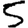
Digit: 5